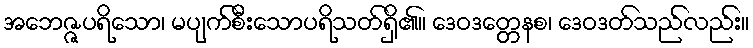
အဘေဇ္ဇပရိသော၊ မပျက်စီးသောပရိသတ်ရှိ၏။ ဒေဝဒတ္တေနစ၊ ဒေဝဒတ်သည်လည်း။